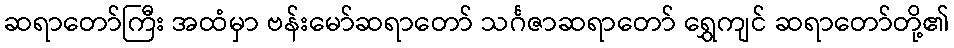
ဆရာတော်ကြီး အထံမှာ ဗန်းမော်ဆရာတော် သင်္ဂဇာဆရာတော် ရွှေကျင် ဆရာတော်တို့၏